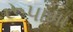
રૂપામા